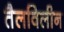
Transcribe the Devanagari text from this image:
तैलविलीन